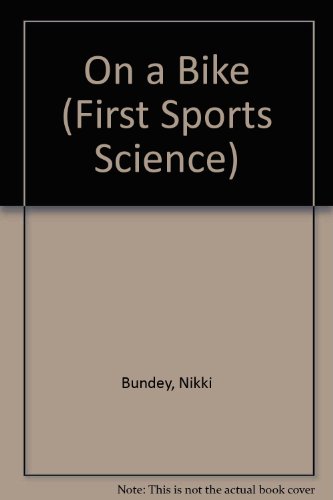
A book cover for On a Bike (First Sports Science); Nikki Bundey; Sports & Outdoors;